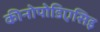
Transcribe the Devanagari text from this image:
कीनोपोडिएसिइ